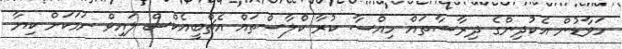
ހަވާޑުން އެކުދިންގެ ދިރާސާތައް ހިއްސާ ކުރާ ކްލާސްތައް އެޗްބީއެކްސް ލައިވް ނަމަކަށް ކިޔާ